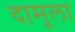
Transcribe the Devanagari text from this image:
दामूला